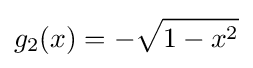
g_{2}(x)=-{\sqrt {1-x^{2}}}